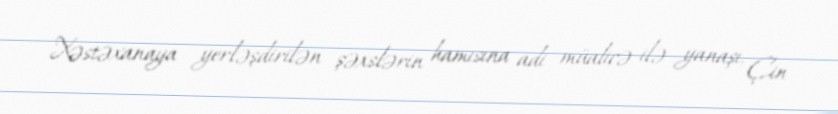
Xəstəxanaya yerləşdirilən şəxslərin hamısına adi müalicə ilə yanaşı, Çin